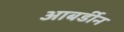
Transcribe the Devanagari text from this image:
आबर्डीन